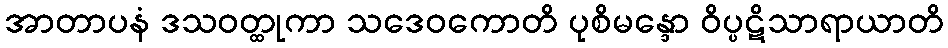
အာတာပနံ ဒသဝတ္ထုကာ သဒေဝကောတိ ပုစိမန္ဒော ဝိပ္ပဋိသာရာယာတိ